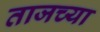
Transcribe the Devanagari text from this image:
ताजच्या